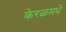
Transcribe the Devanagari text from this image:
केरळमधे